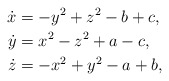
\begin{align*}\dot{x} &= -y^2+z^2-b+c, \\ \dot{y}&= x^2-z^2+a-c, \\\dot{z}&= -x^2+y^2-a+b,\end{align*}